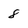
Character: 8